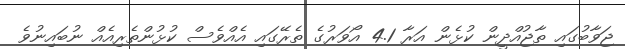
ޖަވާބުގައި ތާޖުއްދީން ކުޅެން އަރާ 4.1 އޯވަރުގެ ތެރޭގައި އެއްވެސް ކުޅުންތެރިއެއް ނުބައިނުވެ